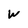
Character: w